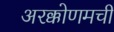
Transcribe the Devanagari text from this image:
अरक्कोणमची